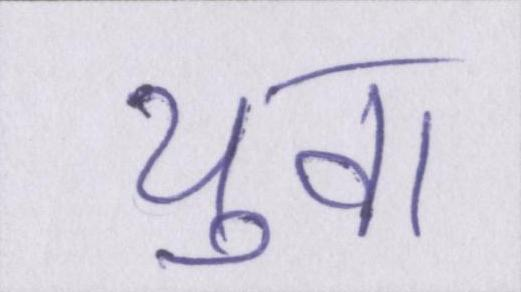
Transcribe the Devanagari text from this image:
युवा